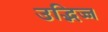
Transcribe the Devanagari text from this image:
उद्भिज्ज